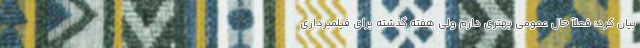
بیان کرد: فعلآ حال عمومی بهتری دارم ولی هفته گذشته برای فیلمبرداری